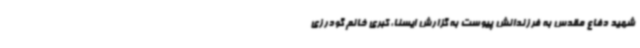
شهید دفاع مقدس به فرزندانش پیوست به گزارش ایسنا، کبری خانم گودرزی